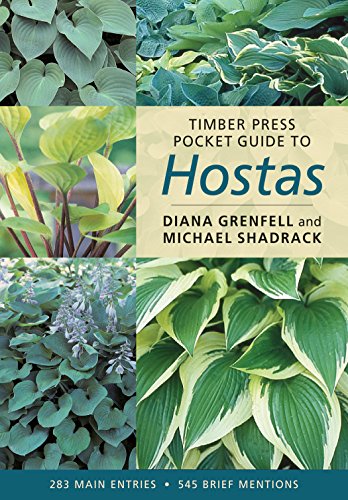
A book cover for Timber Press Pocket Guide to Hostas (Timber Press Pocket Guides); Diana Grenfell; Crafts, Hobbies & Home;